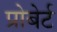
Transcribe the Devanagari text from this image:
प्रोबेर्ट